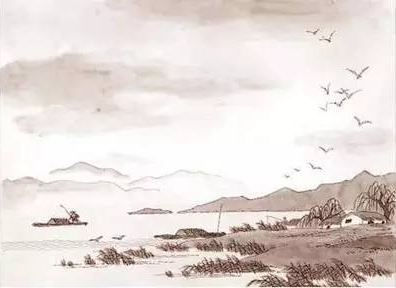
算明朝未了重阳，紫萸应耐看。